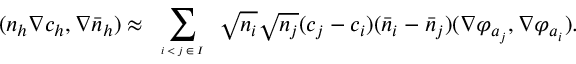
( n _ { h } \nabla c _ { h } , \nabla \bar { n } _ { h } ) \approx \displaystyle \sum _ { \tiny \begin{array} { c } { i < j \in I } \end{array} } \sqrt { n _ { i } } \sqrt { n _ { j } } ( c _ { j } - c _ { i } ) ( \bar { n } _ { i } - \bar { n } _ { j } ) ( \nabla \varphi _ { { \boldsymbol a } _ { j } } , \nabla \varphi _ { { \boldsymbol a } _ { i } } ) .